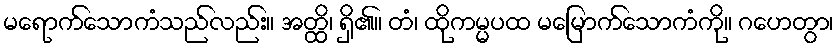
မရောက်သောကံသည်လည်း။ အတ္ထိ၊ ရှိ၏။ တံ၊ ထိုကမ္မပထ မမြောက်သောကံကို။ ဂဟေတွာ၊